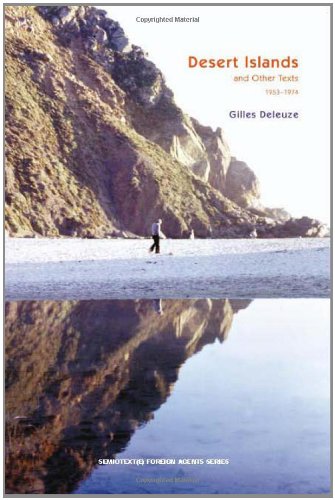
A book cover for Desert Islands: and Other Texts, 1953--1974 (Semiotext(e) / Foreign Agents); Gilles Deleuze; Politics & Social Sciences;